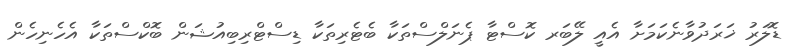
ޑޮލަރު ޚަރަދުވާނެކަމަށާ އެއީ ލޭބަރ ކޮސްޓާ ޕެނަލްސްތަކާ ބެޓެރިތަކާ ޑިސްޓްރިބިއުޝަން ބޮކްސްތަކާ އެހެނިހެން